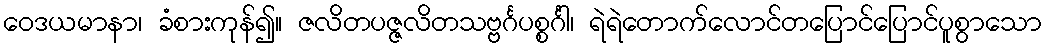
ဝေဒယမာနာ၊ ခံစားကုန်၍။ ဇလိတပဇ္ဇလိတသဗ္ဗင်္ဂပစ္စင်္ဂါ၊ ရဲရဲတောက်လောင်တပြောင်ပြောင်ပူစွာသော